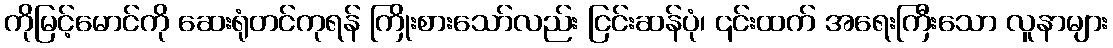
ကိုမြင့်မောင်ကို ဆေးရုံတင်ကုရန် ကြိုးစားသော်လည်း ငြင်းဆန်ပုံ၊ ၎င်းထက် အရေးကြီးသော လူနာများ